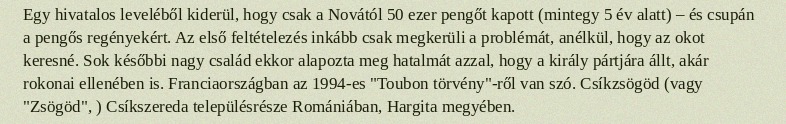
Egy hivatalos leveléből kiderül, hogy csak a Novától 50 ezer pengőt kapott (mintegy 5 év alatt) – és csupán a pengős regényekért. Az első feltételezés inkább csak megkerüli a problémát, anélkül, hogy az okot keresné. Sok későbbi nagy család ekkor alapozta meg hatalmát azzal, hogy a király pártjára állt, akár rokonai ellenében is. Franciaországban az 1994-es "Toubon törvény"-ről van szó. Csíkzsögöd (vagy "Zsögöd", ) Csíkszereda településrésze Romániában, Hargita megyében.